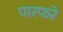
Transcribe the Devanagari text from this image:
पारफरे